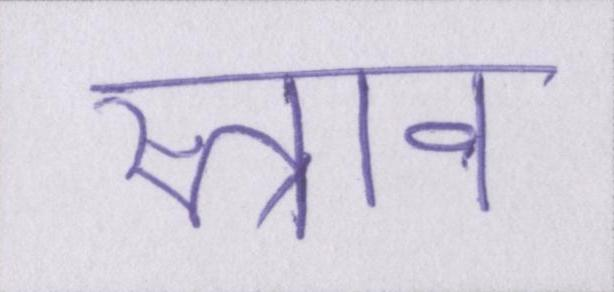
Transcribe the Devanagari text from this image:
स्त्राव